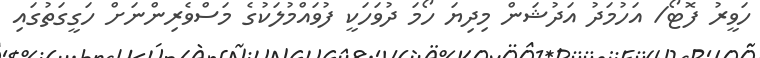
ހަވީރު ފޮޓޯ/ އަހުމަދު އަދުޝަން މިދިޔަ ހޯމަ ދުވަހަކީ ފުވައްމުލަކުގެ މަސްވެރިންނަށް ހަގީގަތުގައި